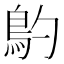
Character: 𩾡